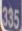
335